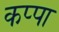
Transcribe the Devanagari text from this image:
कप्‍पा